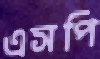
এসপি